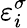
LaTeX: \varepsilon_{i}^{\sigma}